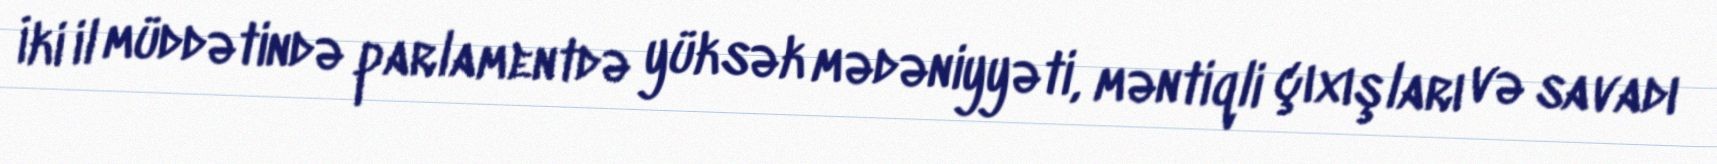
İki il müddətində parlamentdə yüksək mədəniyyəti, məntiqli çıxışları və savadı